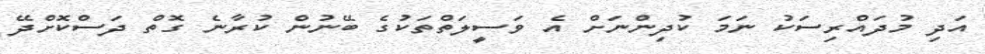
އަދި މުދައްރިސަކު ނަމަ ކުދިންނަށް އެ ވަސީލަތްތަކުގެ ބޭނުން ކުރާނެ ގޮތް ދަސްކޮށްދޭ